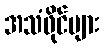
အသံဖိုင်များ